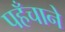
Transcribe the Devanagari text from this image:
पहँचाने